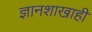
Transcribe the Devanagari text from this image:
ज्ञानशाखाही